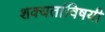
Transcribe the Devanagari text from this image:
शक्यतांविषयी